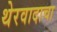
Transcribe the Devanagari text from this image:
थेरवादाचा